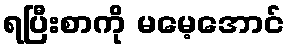
ရပြီးစာကို မမေ့အောင်